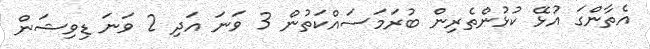
އެތާންގަ އުޅޭ ކުޅުންތެރިން ބުރަމަސައްކަތުން 3 ވަނަ އަދި 2 ވަނަ ޑިވިޝަން